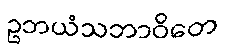
ဥဘယံသဘာဝိတေ